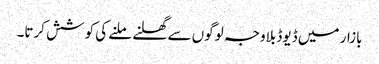
بازار میں ڈیوڈ بلاوجہ لوگوں سے گھلنے ملنے کی کوشش کرتا۔